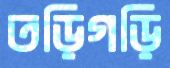
তড়িগড়ি